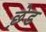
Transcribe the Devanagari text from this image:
छ़ेड